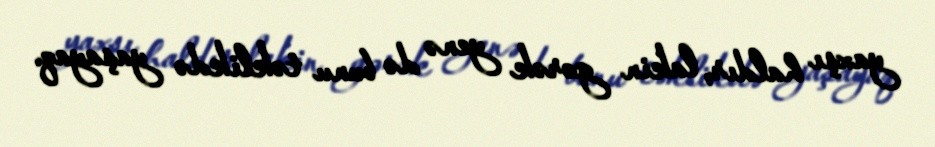
yaxşı haldır, lakin gərək yenə də bunu təklikdə yaşayaq.